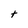
Character: t